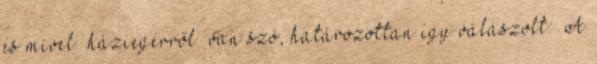
és mivel „háziegérről” van szó, határozottan így válaszolt: „A